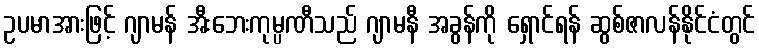
ဥပမာအားဖြင့် ဂျာမန် အီးဘေးကုမ္ပဏီသည် ဂျာမနီ အခွန်ကို ရှောင်ရန် ဆွစ်ဇာလန်နိုင်ငံတွင်